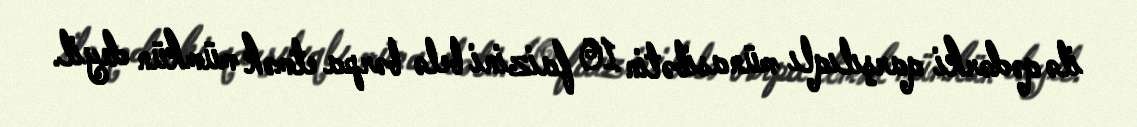
ilə qədərki qarşılıqlı münasibətin 10 faizini belə bərpa etmək mümkün deyil.